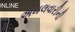
અમલવારીની